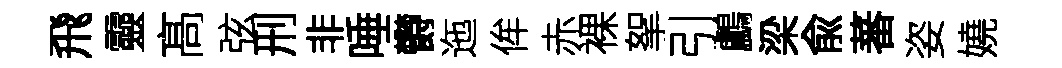
飛靈髙弦刑非唾欎迤侔赤裸挐引鸕梁兪蕃姿嬈